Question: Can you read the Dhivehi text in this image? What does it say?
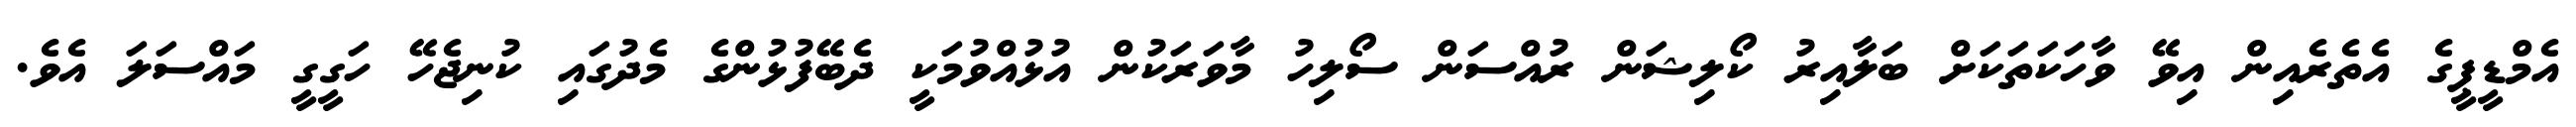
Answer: އެމްޑީޕީގެ އެތެރެއިން އިވޭ ވާހަކަތަކަށް ބަލާއިރު ކޯލިޝަން ރުއްސަން ސޯލިހު މާވަރަކުން އުޅުއްވުމަކީ ދެބޭފުޅުންގެ މެދުގައި ކުނިޖެހޭ ހަގީގީ މައްސަލަ އެވެ.